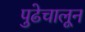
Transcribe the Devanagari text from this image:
पुढेचालून